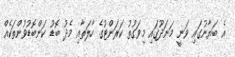
އެ ބަޔާނުގައި ވަނީ މަނަދޫގައި މިވަގުތު ކަރަންޓުގެ ހާލަތާއި މެދު ބޮޑު ކަންބޮޑުވުންތަކެއް